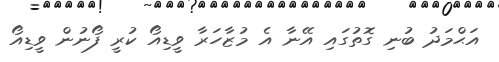
އަޙްމަދު ބުނި ގޮތުގައި އޭނާ އެ މުޒާހަރާ ވީޑިއޯ ކުރީ ފޯނުން ވީޑިއޯ